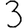
Digit: 3